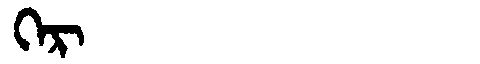
Manchu: ᡴᡝᡵ
Romanization: KER